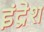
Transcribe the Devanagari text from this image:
इंद्रेश